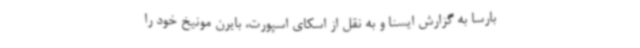
بارسا به گزارش ایسنا و به نقل از اسکای اسپورت، بایرن مونیخ خود را